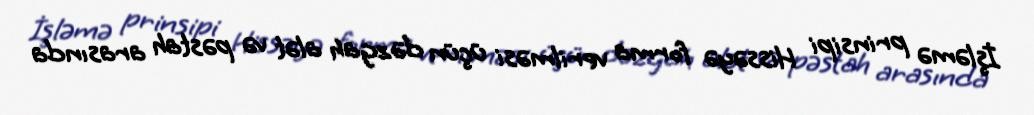
İşləmə prinsipi Hissəyə forma verilməsi üçün dəzgah alət və pəstah arasında